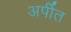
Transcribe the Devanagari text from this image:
अर्पीत